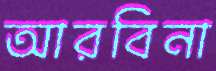
আরবিনা